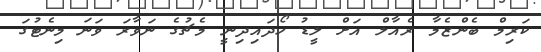
ކަރިމް ބެންޒެމާ ރެއާލް އަށް ލީޑު ހޯދައިދިނީ މެޗުގެ ނަވާރަ ވަނަ މިނެޓުގަ